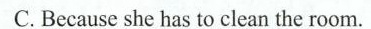
C. Because she has to clean the room.